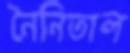
নৈনিতাল